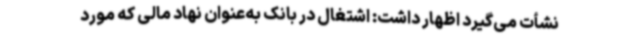
نشأت می‌گیرد اظهار داشت: اشتغال در بانک به‌عنوان نهاد مالی که مورد